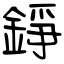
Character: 錚